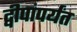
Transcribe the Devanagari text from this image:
द्वीपांपर्यंत